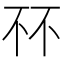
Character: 𫠭